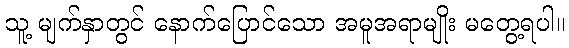
သူ့ မျက်နှာတွင် နောက်ပြောင်သော အမူအရာမျိုး မတွေ့ရပါ။